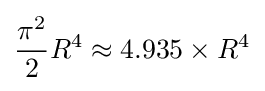
{\frac {\pi ^{2}}{2}}R^{4}\approx 4.935\times R^{4}